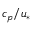
c _ { p } / u _ { * }